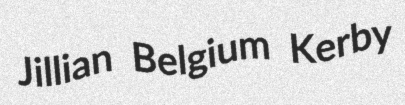
Jillian Belgium Kerby